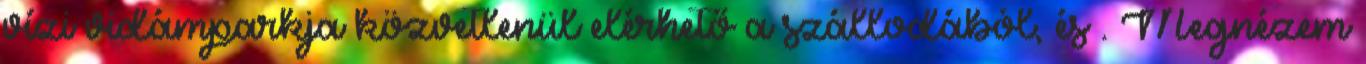
vízi vidámparkja közvetlenül elérhető a szállodából, és . Megnézem